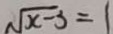
\sqrt { x - 3 } = 1